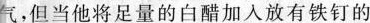
气，但当他将足量的白醋加入放有铁钉的